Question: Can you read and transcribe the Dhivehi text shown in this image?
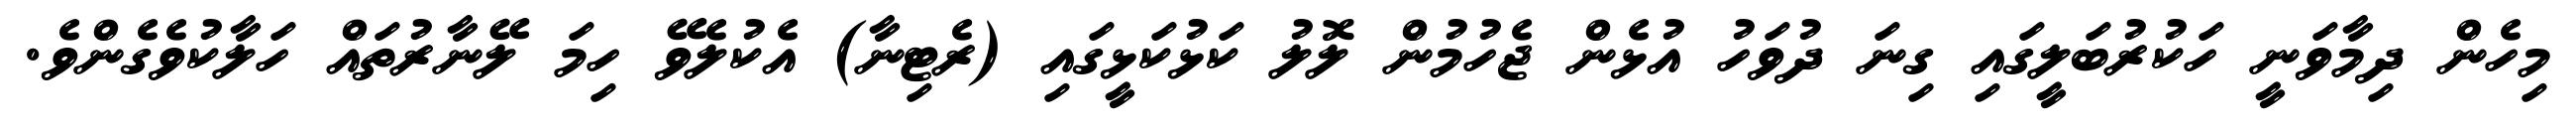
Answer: މިހެން ދިމާވަނީ ހަކުރުބަލީގައި ގިނަ ދުވަހު އުޅެން ޖެހުމުން ލޮލު ކަޅުކަޅީގައި (ރެޓިނާ) އެކުލެވޭ ހިމަ ލޭނާރުތައް ހަލާކުވެގެންވެ.